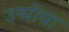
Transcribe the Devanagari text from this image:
उन्मोचा